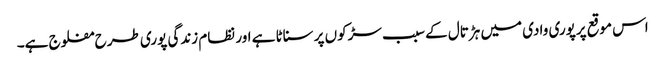
اس موقع پرپوری وادی میں ہڑتال کے سبب سڑکوں پر سناٹا ہے اور نظام زندگی پوری طرح مفلوج ہے۔